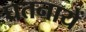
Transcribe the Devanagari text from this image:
घतनायें